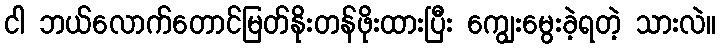
ငါ ဘယ်လောက်တောင်မြတ်နိုးတန်ဖိုးထားပြီး ကျွေးမွေးခဲ့ရတဲ့ သားလဲ။